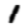
Digit: 1